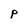
Character: P